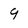
Character: 9